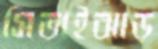
সিতাইঝাড়